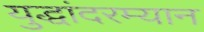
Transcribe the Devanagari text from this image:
युद्धांदरम्यान